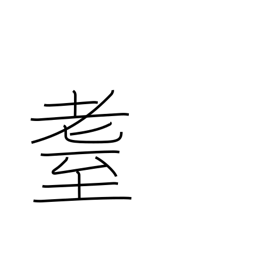
Meaning: elderly